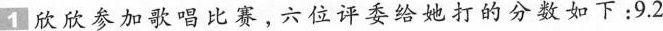
1欣欣参加歌唱比赛。六位评委给她打的分数如下：9.2